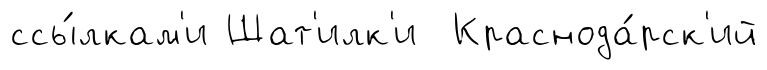
ссы́лкам'и Шат'илк'и Краснода́рск'ий